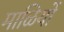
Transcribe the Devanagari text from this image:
माळियों